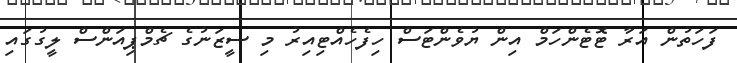
ފަހަތުން އަރާ ޓޮޓެންހަމް އިން ޔުވެންޓަސް ހިފެހެއްޓިއިރު މި ސީޒަނުގެ ޗެމްޕިއަންސް ލީގުގައި